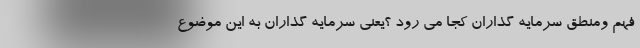
فهم ومنطق سرمایه گذاران کجا می رود ؟یعنی سرمایه گذاران به این موضوع